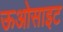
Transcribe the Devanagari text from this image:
ऊओसाइट